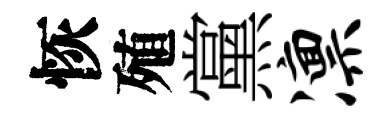
恢殖黨凛